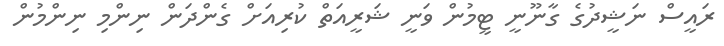
ރައީސް ނަޝީދުގެ ގާނޫނީ ޓީމުން ވަނީ ޝަރީއަތް ކުރިއަށް ގެންދަން ނިންމި ނިންމުން